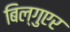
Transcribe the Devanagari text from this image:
बिल्गुएर